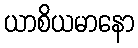
ယာစိယမာနော